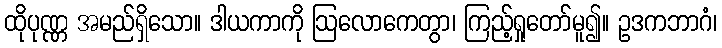
ထိုပုဏ္ဏ အမည်ရှိသော။ ဒါယကာကို ဩလောကေတွာ၊ ကြည့်ရှုတော်မူ၍။ ဥဒကဘာဂံ၊